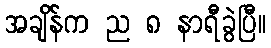
အချိန်က ည ၈ နာရီခွဲပြီ။